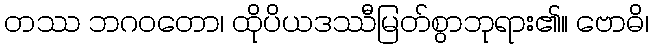
တဿ ဘဂဝတော၊ ထိုပိယဒဿီမြတ်စွာဘုရား၏။ ဗောဓိ၊